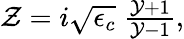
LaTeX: \begin{array}{r}{\mathcal{Z}=i\sqrt{\epsilon_{c}}\; \frac{\mathcal{Y}+1}{\mathcal{Y}-1},}\end{array}